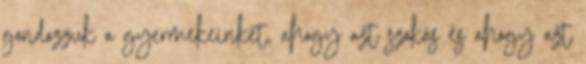
gondozzuk a gyermekeinket, ahogy azt szokás és ahogy azt